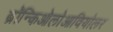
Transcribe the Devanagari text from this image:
ब्रॉन्किओलोआवियोलर